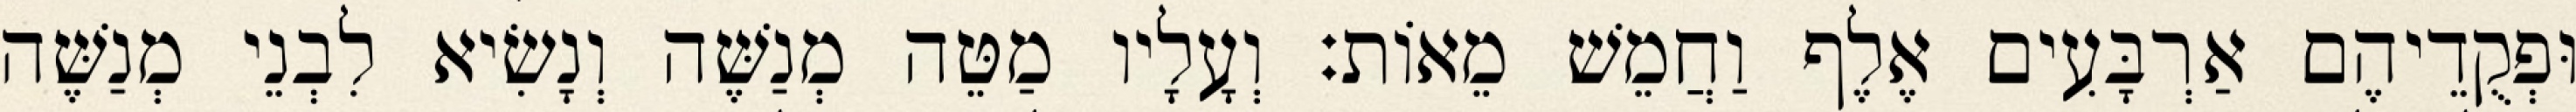
וּפְקֻדֵיהֶם אַרְבָּעִים אֶלֶף וַחֲמֵשׁ מֵאוֹת׃ וְעָלָיו מַטֵּה מְנַשֶּׁה וְנָשִׂיא לִבְנֵי מְנַשֶּׁה